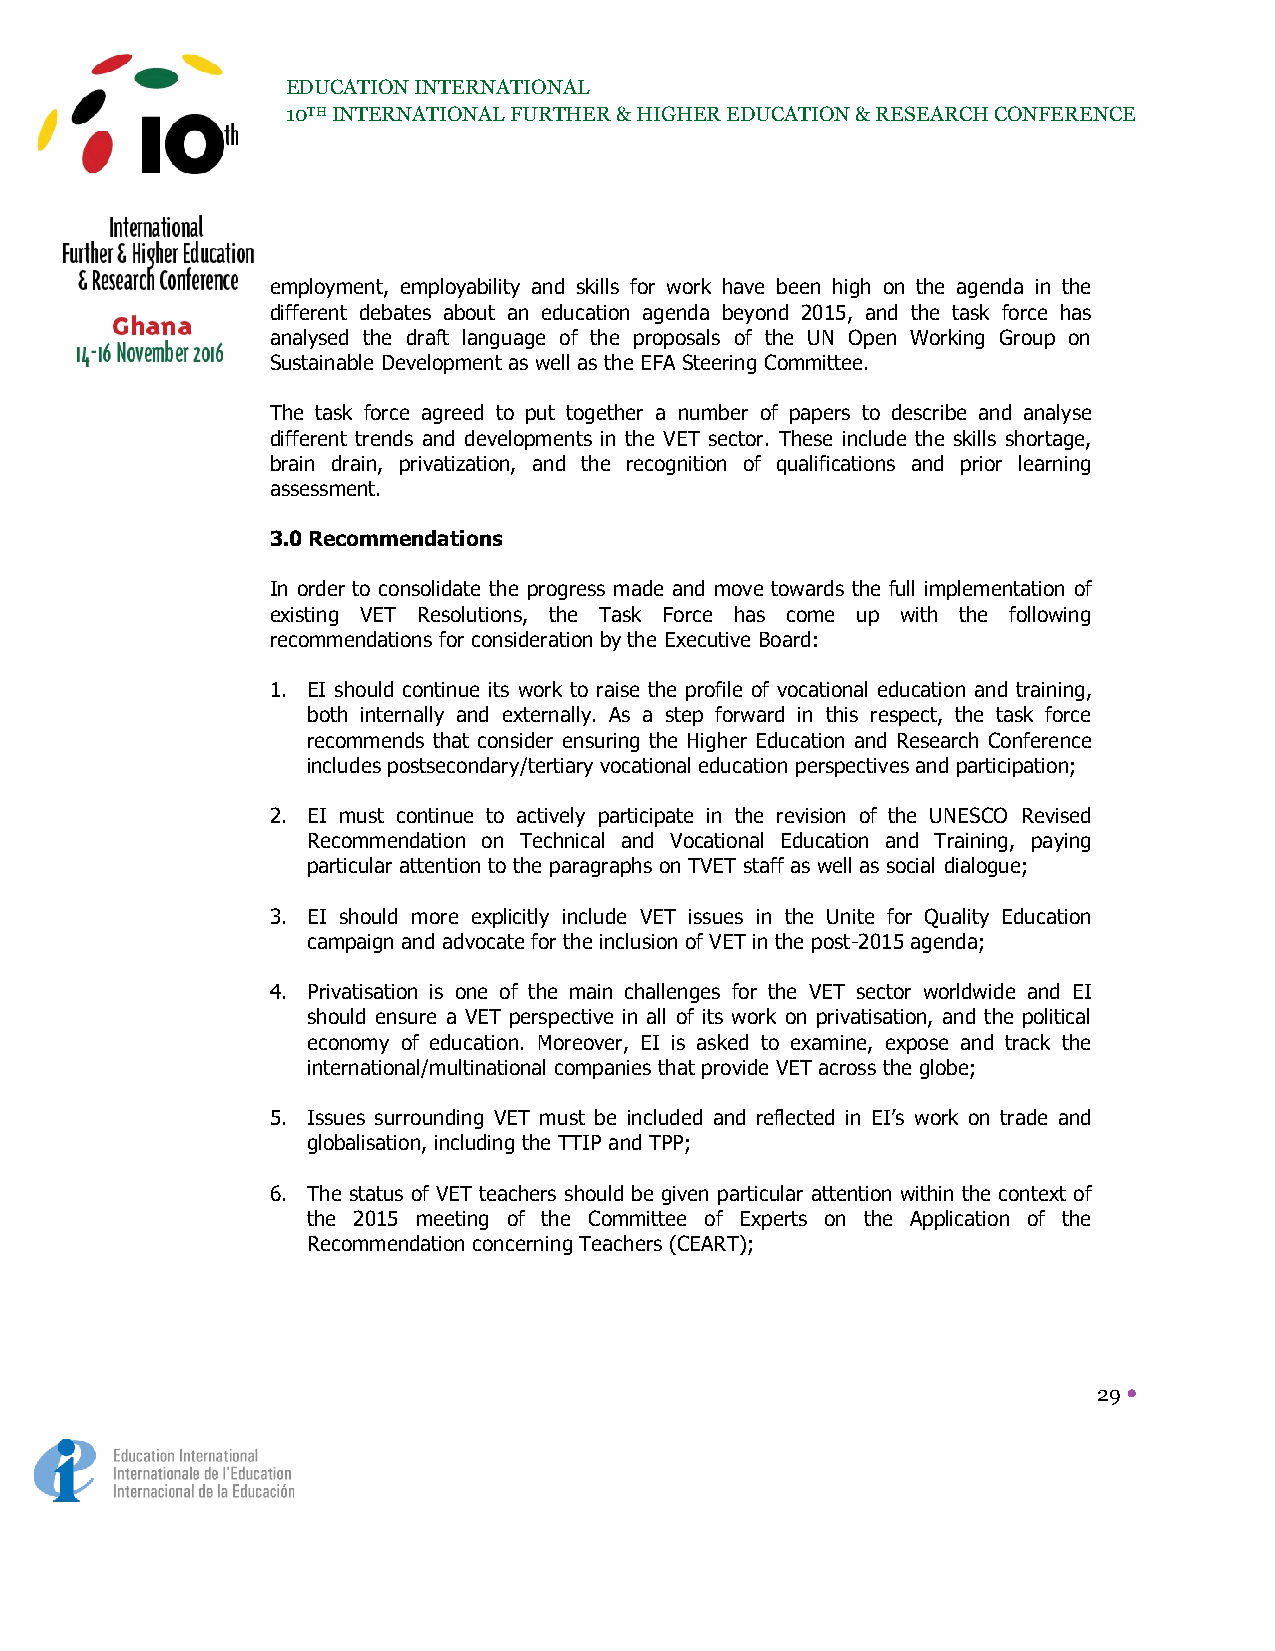
EDUCATION INTERNATIONAL
 10TH INTERNATIONAL FURTHER & HIGHER EDUCATION & RESEARCH CONFERENCE
 employment, employability and skills for work have been high on the agenda in the
 different debates about an education agenda beyond 2015, and the task force has
 analysed the draft language of the proposals of the UN Open Working Group on
 Sustainable Development as well as the EFA Steering Committee.
 The task force agreed to put together a number of papers to describe and analyse
 different trends and developments in the VET sector. These include the skills shortage,
 brain drain, privatization, and the recognition of qualifications and prior learning
 assessment.
 3.0 Recommendations
 In order to consolidate the progress made and move towards the full implementation of
 existing VET Resolutions, the Task Force has come up with the following
 recommendations for consideration by the Executive Board:
 1. EI should continue its work to raise the profile of vocational education and training,
 both internally and externally. As a step forward in this respect, the task force
 recommends that consider ensuring the Higher Education and Research Conference
 includes postsecondary/tertiary vocational education perspectives and participation;
 2. EI must continue to actively participate in the revision of the UNESCO Revised
 Recommendation on Technical and Vocational Education and Training, paying
 particular attention to the paragraphs on TVET staff as well as social dialogue;
 3. EI should more explicitly include VET issues in the Unite for Quality Education
 campaign and advocate for the inclusion of VET in the post-2015 agenda;
 4. Privatisation is one of the main challenges for the VET sector worldwide and EI
 should ensure a VET perspective in all of its work on privatisation, and the political
 economy of education. Moreover, EI is asked to examine, expose and track the
 international/multinational companies that provide VET across the globe;
 5. Issues surrounding VET must be included and reflected in EI’s work on trade and
 globalisation, including the TTIP and TPP;
 6. The status of VET teachers should be given particular attention within the context of
 the 2015 meeting of the Committee of Experts on the Application of the
 Recommendation concerning Teachers (CEART);
 29 